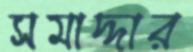
সমাদ্দার